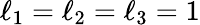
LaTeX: \ell_{1}=\ell_{2}=\ell_{3}=1